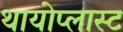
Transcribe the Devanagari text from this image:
थायोप्लास्ट